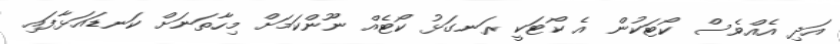
އަދި އެއްވެސް ކޯޓަކުން އެ ކޯޓަކީ ރަނގަޅު ކޯޓެއް ނޫންކަމަށް މިހާތަނަށް ކަނޑައަޅާފައި